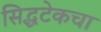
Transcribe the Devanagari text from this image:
सिद्धटेकचा